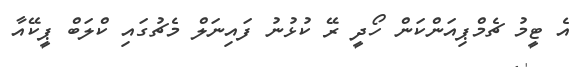
އެ ޓީމު ޗެމްޕިއަންކަން ހޯދީ ރޭ ކުޅުނު ފައިނަލް މެޗުގައި ކްލަބް ޕީކޭއާ